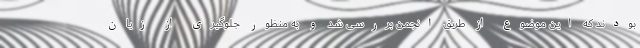
بودند که این موضوع از طریق انجمن بررسی شد و به منظور جلوگیری از زیان